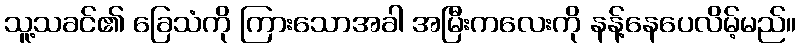
သူ့သခင်၏ ခြေသံကို ကြားသောအခါ အမြီးကလေးကို နန့်နေပေလိမ့်မည်။